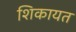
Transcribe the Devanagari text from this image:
शिकायत